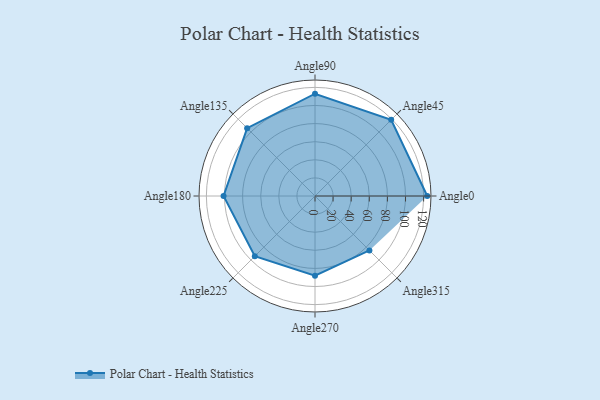
{"axis": {"x": "Angle", "y": "Radius"}, "legend": [""], "data": [{"x": "Angle0", "y": 124.0, "type": ""}, {"x": "Angle45", "y": 119.0, "type": ""}, {"x": "Angle90", "y": 113.0, "type": ""}, {"x": "Angle135", "y": 106.0, "type": ""}, {"x": "Angle180", "y": 101.0, "type": ""}, {"x": "Angle225", "y": 94.0, "type": ""}, {"x": "Angle270", "y": 88.0, "type": ""}, {"x": "Angle315", "y": 85.0, "type": ""}]}